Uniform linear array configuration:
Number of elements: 48
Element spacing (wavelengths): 0.5
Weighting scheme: binomial
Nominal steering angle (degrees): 15
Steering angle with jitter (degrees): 16.104
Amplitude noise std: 0.05
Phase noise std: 0.05

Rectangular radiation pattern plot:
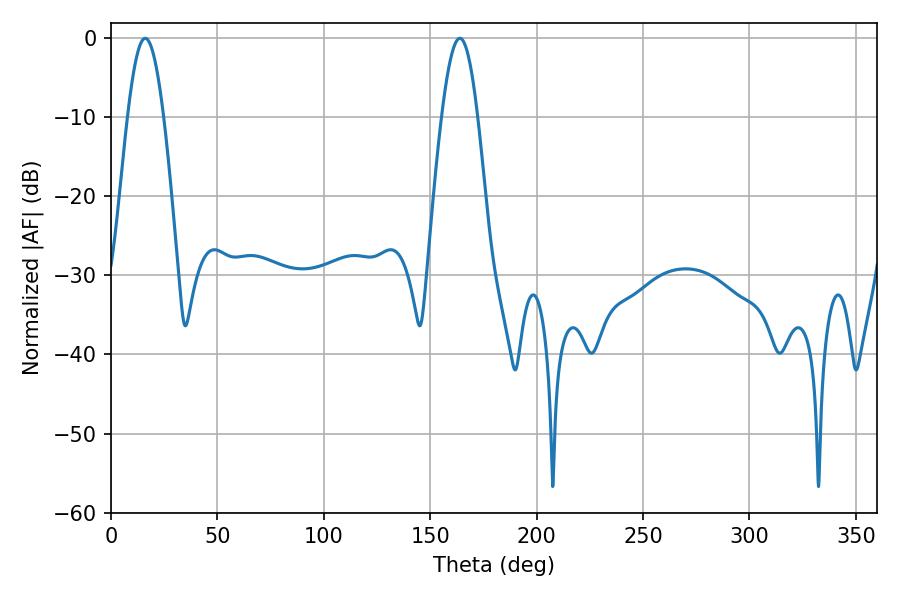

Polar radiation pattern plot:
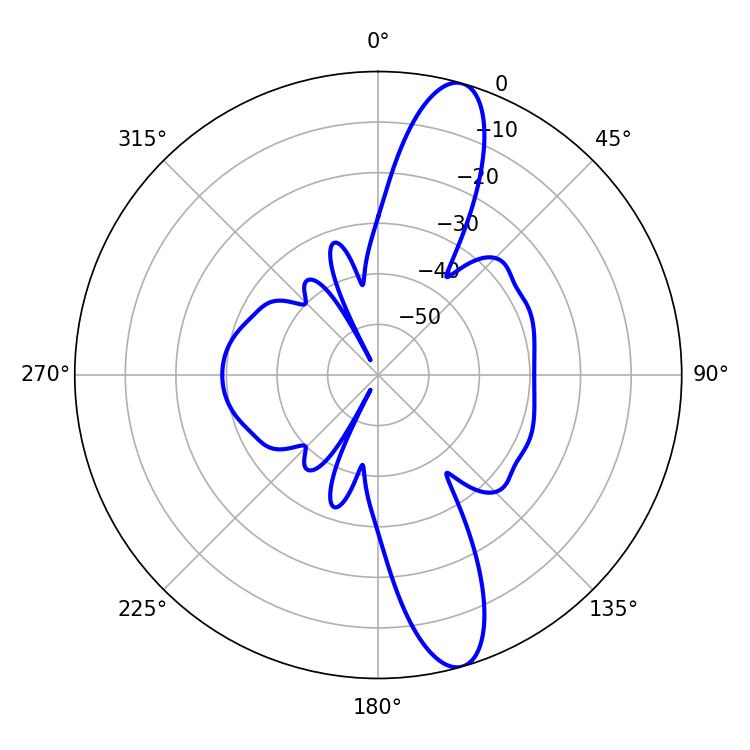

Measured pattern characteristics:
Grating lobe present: FALSE
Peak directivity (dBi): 13.107
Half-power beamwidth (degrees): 9.18
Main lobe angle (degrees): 16.02